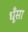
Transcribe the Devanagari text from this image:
धूँसा